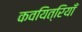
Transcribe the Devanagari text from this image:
कवयित्रियाँ